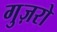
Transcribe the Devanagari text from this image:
गुज़रो